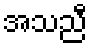
အသညီ